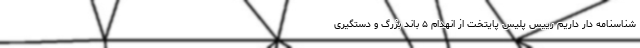
شناسنامه دار داریم رییس پلیس پایتخت از انهدام ۵ باند بزرگ و دستگیری